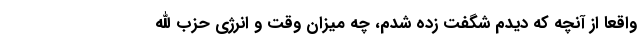
واقعا از آنچه که دیدم شگفت زده شدم، چه میزان وقت و انرژی حزب الله